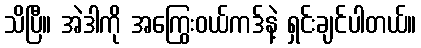
သိပြီ။ အဲဒါကို အကြွေးဝယ်ကဒ်နဲ့ ရှင်းချင်ပါတယ်။